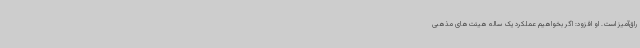
راق‌آمیز است. او افزود: اگر بخواهیم عملکرد یک ساله هیئت‌های مذهبی